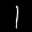
Label: 1